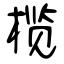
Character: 榄